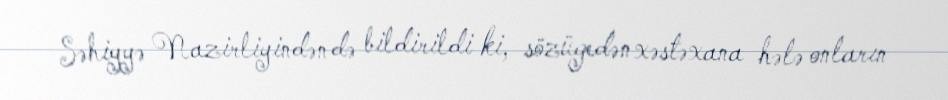
Səhiyyə Nazirliyindən də bildirildi ki, sözügedən xəstəxana hələ onların